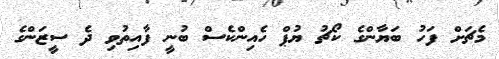
މެޗަށް ފަހު ބަޔާންގެ ކޯޗު ޔުޕް ހެއިންކެސް ބުނީ ފާއިތުވި ދެ ސީޒަންގެ